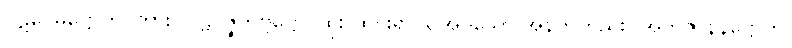
ပဋိဝေဓဋ္ဌောတိ၊ ကား။ ပဋိဝိဇ္ဇတဗ္ဗဋ္ဌော၊ ထိုး ထွင်း၍ သိအပ်သော အနက်တည်း။ အဘိဇာနနဋ္ဌောတိ၊